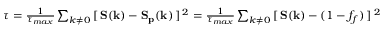
\begin{array} { r } { \tau = \frac { 1 } { \tau _ { m a x } } \sum _ { k \neq 0 } \, [ \, \mathbf { S ( k ) } - \mathbf { S _ { p } ( k ) } \, ] \, ^ { 2 } = \frac { 1 } { \tau _ { m a x } } \sum _ { k \neq 0 } \, [ \, \mathbf { S } ( \mathbf { k } ) - ( 1 - f _ { f } ) \, ] \, ^ { 2 } } \end{array}